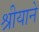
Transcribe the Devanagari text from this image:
श्रीयाने